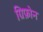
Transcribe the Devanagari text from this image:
ग्रिफ़ोन